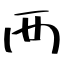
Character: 襾